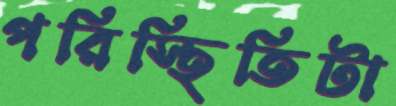
পরিস্থিতিটা